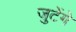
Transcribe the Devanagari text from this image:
जुटेंगे